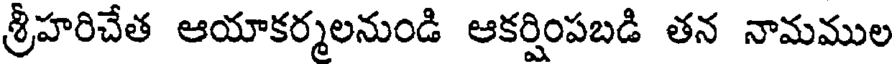
శ్రీహరిచేత ఆయాకర్మలనుండి ఆకర్షింపబడి తన నామముల